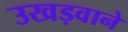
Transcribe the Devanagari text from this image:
उखड़वाने